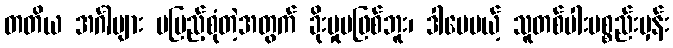
တတိယ အင်္ဂါများ မပြည့်စုံတဲ့အတွက် ခိုးမှုမဖြစ်ဘူး၊ ဒါပေမယ့် သူတစ်ပါးပစ္စည်းမှန်း